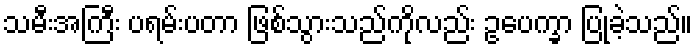
သမီးအကြီး ပရမ်းပတာ ဖြစ်သွားသည်ကိုလည်း ဥပေက္ခာ ပြုခဲ့သည်။